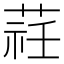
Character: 𦵞